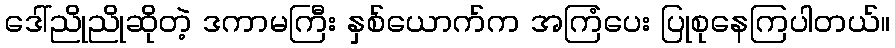
ဒေါ်ညိုညိုဆိုတဲ့ ဒကာမကြီး နှစ်ယောက်က အကြံပေး ပြုစုနေကြပါတယ်။